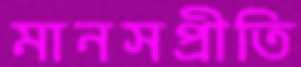
মানসপ্রীতি